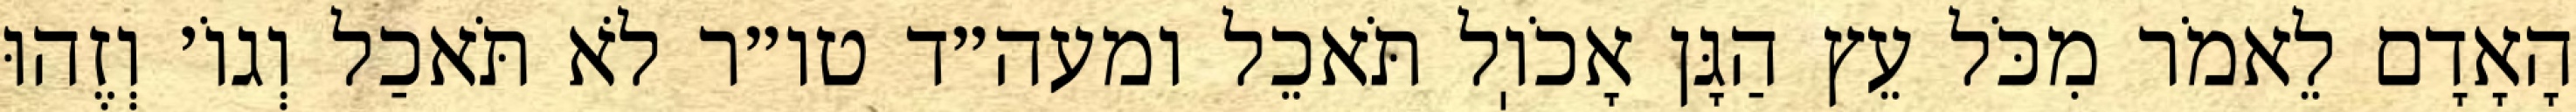
הָאָדָם לֵאמֹר מִכֹּל עֵץ הַגָּן אָכֹוֽל תֹּאכֵל ומעה״ד טו״ר לֹא תֹּאכַל וְגוֹ׳ וְזֶהוּ